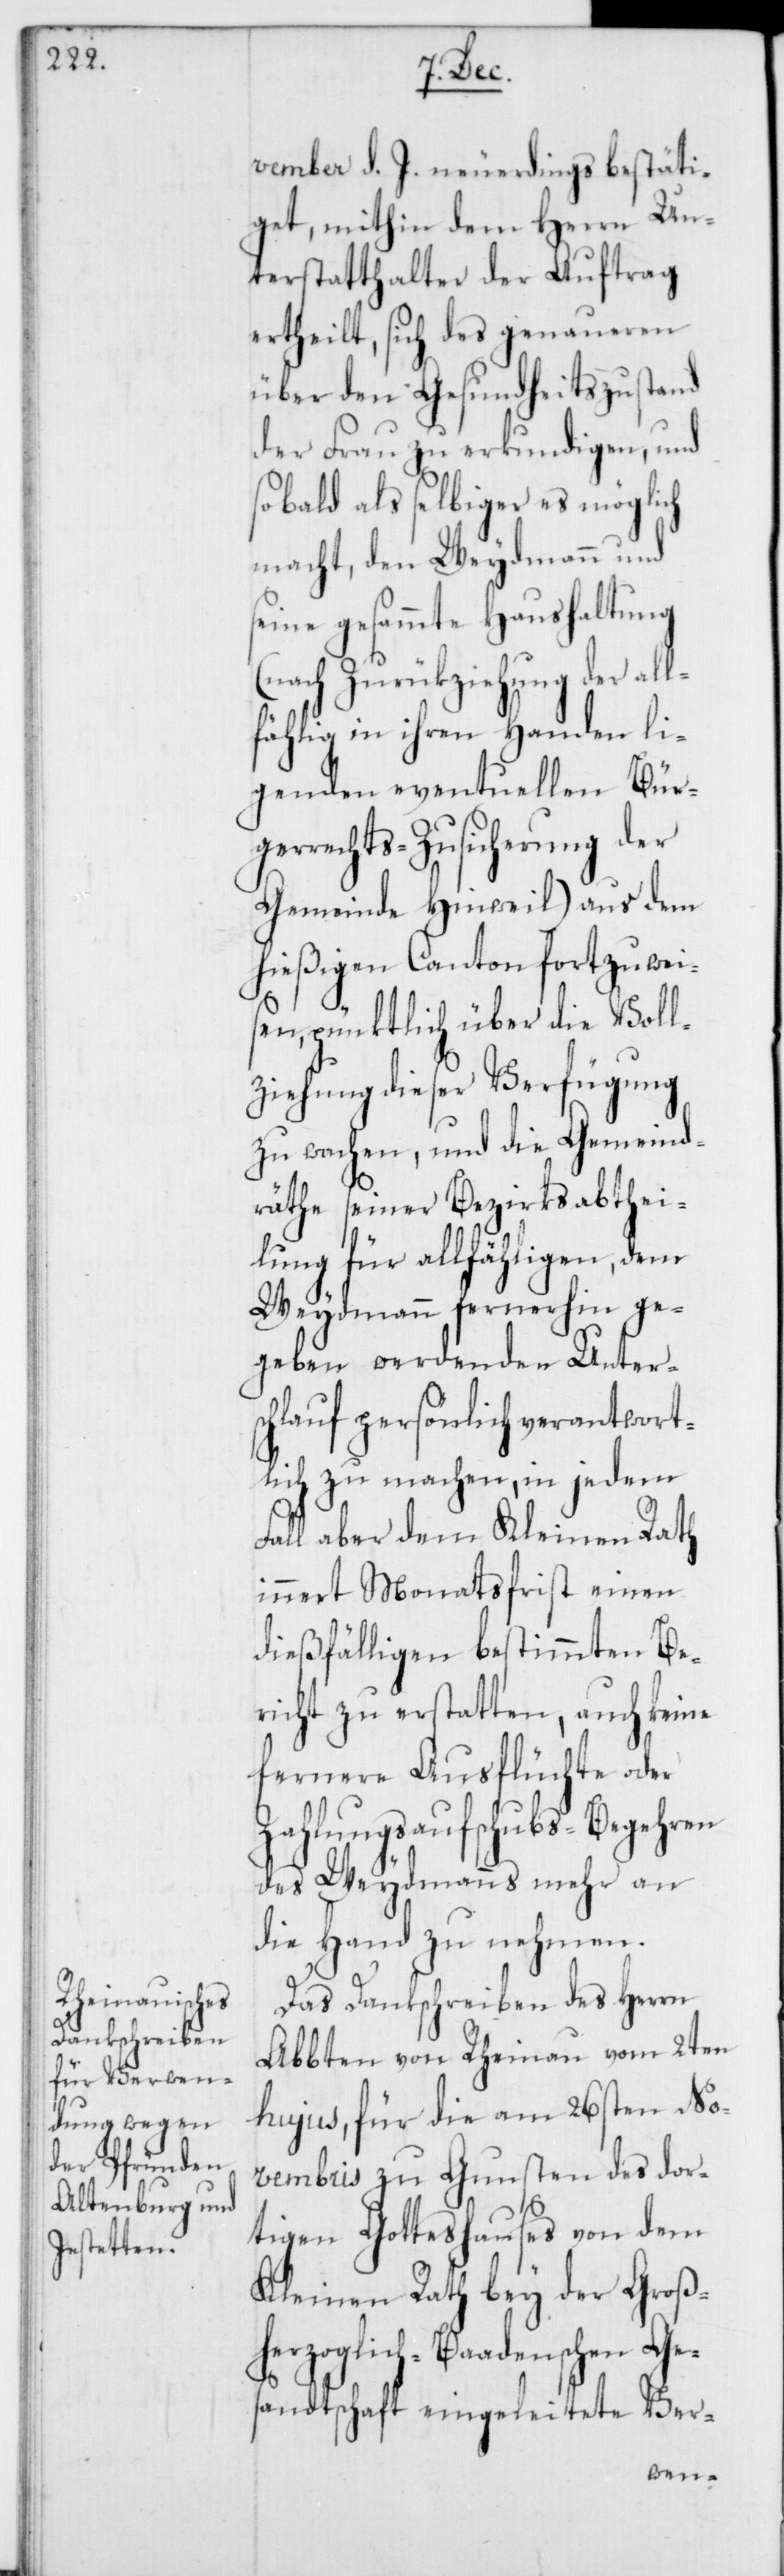
vember d. J. neuerdings bestäti¬
get, mithin dem Herrn Un¬
terstatthalter der Auftrag
ertheilt, sich des genaueren
über den Gesundheitszustand
der Frau zu erkundigen, und
so bald als selbiger es möglich
macht, dem Weydmann und
seine gesammte Haushaltung
(nach Zurükziehung der all¬
fählig in ihren Handen li¬
genden eventuellen Bürg¬
errechts-Zusicherung der
Gemeinde Hinweil) aus dem
hießigen Canton fortzuwei¬
sen, pünktlich über die Voll¬
ziehung dieser Verfügung
zu wachen, und die Gemeind¬
räthe seiner Bezirksabthei¬
lung für allfähligen, dem
Weydmann fernerhin ge¬
geben werdenden Unters¬
chlauf persönlich verantwort¬
lich zu machen, in jedem
Fall aber dem Kleinen Rath
innert Monatsfrist einen
dießfälligen bestimmten Be¬
richt zu erstatten, auch keine
fernere Ausflüchte oder
Zahlungsaufschubs-Begehren
des Weydmanns mehr an
die Hand zu nehmen.
Das Dankschreiben des Herrn
Abbten von Rheinau vom 2ten
hujus, für die am 26sten No¬
vembris zu Gunsten des dor¬
tigen Gotteshauses von dem
Kleinen Rath bey der Groß¬
herzoglich-Baadenschen Ge¬
sandtschaft eingeleitete Ver-